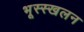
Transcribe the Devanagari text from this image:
भूस्स्खलन